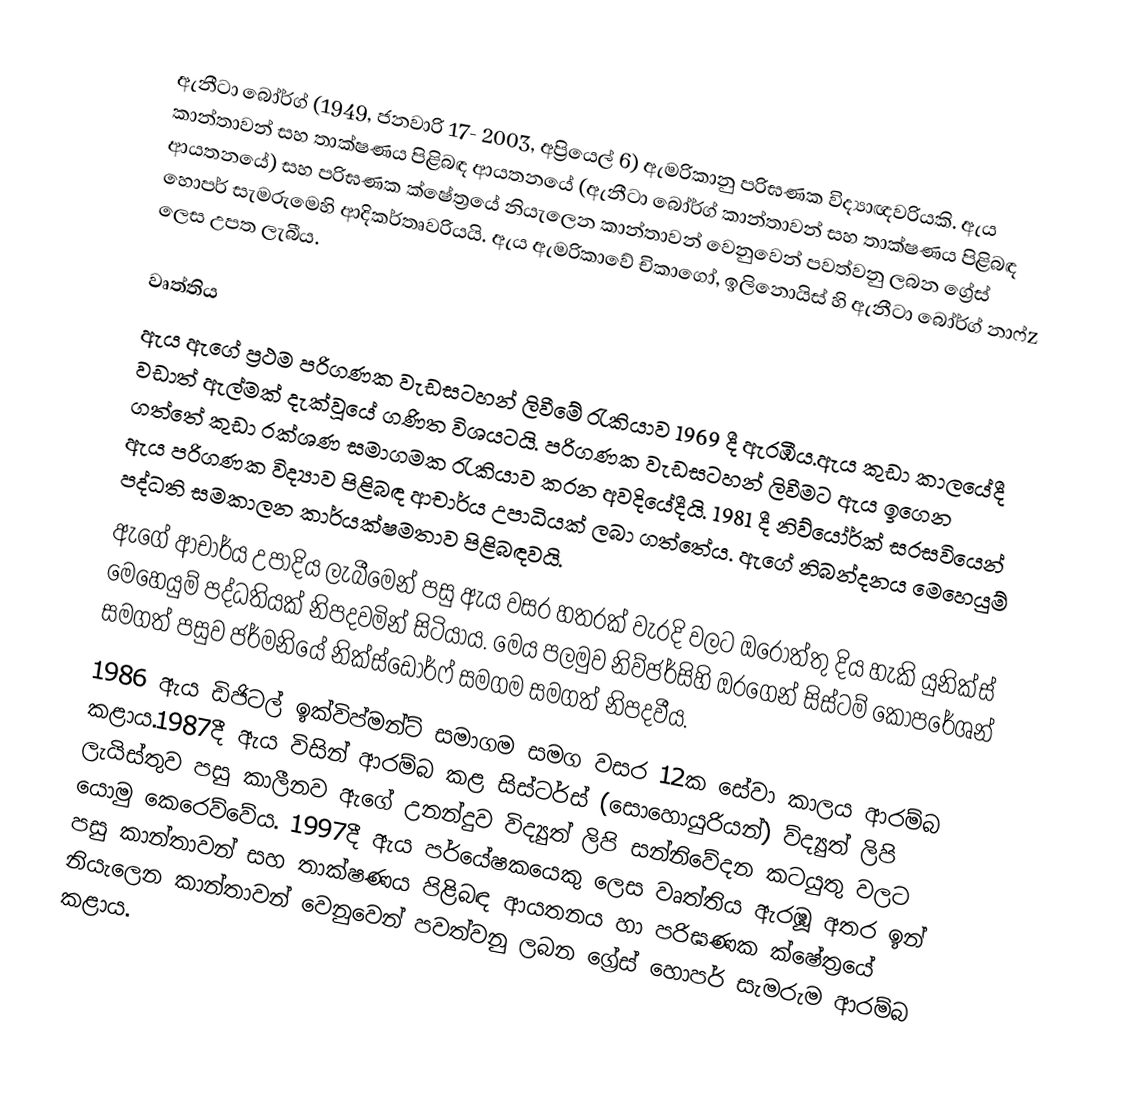
ඇනීටා බෝර්ග් (1949, ජනවාරි 17- 2003, අප්‍රියෙල් 6) ඇමරිකානු පරිඝණක විද්‍යාඥවරියකි. ඇය කාන්තාවන් සහ තාක්ෂණය පිළිබඳ ආයතනයේ (ඇනීටා බෝර්ග් කාන්තාවන් සහ තාක්ෂණය පිළිබඳ ආයතනයේ) සහ පරිඝණක ක්ෂේත්‍රයේ නියැලෙන කාන්තාවන් වෙනුවෙන් පවත්වනු ලබන ග්‍රේස් හොපර් සැමරුමෙහි ආදිකර්තෘවරියයි. ඇය ඇමරිකාවේ චිකාගෝ, ඉලිනොයිස් හි ඇනීටා බෝර්ග් නාෆ්z ලෙස උපත ලැබීය.

වෘත්තිය
ඇය ඇගේ ප්‍රථම පරිගණක වැඩසටහන් ලිවීමේ රැකියාව 1969 දී ඇරඹීය.ඇය කුඩා කාලයේදී වඩාත් ඇල්මක් දැක්වූයේ ගණිත විශයටයි. පරිගණක වැඩසටහන් ලිවීමට ඇය ඉගෙන ගත්තේ කුඩා රක්ශණ සමාගමක රැකියාව කරන අවදියේදීයි. 1981 දී නිව්යෝර්ක් සරසවියෙන් ඇය පරිගණක විද්‍යාව පිළිබඳ ආචාර්ය උපාධියක් ලබා ගත්තේය. ඇගේ නිබන්දනය මෙහෙයුම් පද්ධති සමකාලන කාර්යක්ෂමතාව පිළිබඳවයි.
ඇගේ ආචාර්ය උපාදිය ලැබීමෙන් පසු ඇය වසර හතරක් වැරදි වලට ඔරොත්තු දිය හැකි යුනික්ස් මෙහෙයුම් පද්ධතියක් නිපදවමින් සිටියාය. මෙය පලමුව නිව්ජර්සිහි ඔරගෙන් සිස්ටම් කෝපරේශන් සමගත් පසුව ජර්මනියේ නික්ස්ඩොර්ෆ් සමගම සමගත් නිපදවීය.
1986 ඇය ඩිජිටල් ඉක්විප්මන්ට් සමාගම සමග වසර 12ක සේවා කාලය ආරම්බ කළාය.1987දී ඇය විසින් ආරම්බ කළ සිස්ටර්ස් (සොහොයුරියන්) ව්ද්‍යුත් ලිපි ලැයිස්තුව පසු කාලීනව ඇගේ උනන්දුව විද්‍යුත් ලිපි සන්නිවේදන කටයුතු වලට යොමු කෙරෙව්වේය. 1997දී ඇය පර්යේෂකයෙකු ලෙස වෘත්තිය ඇරඹූ අතර ඉන් පසු කාන්තාවන් සහ තාක්ෂණය පිළිබඳ ආයතනය හා පරිඝණක ක්ෂේත්‍රයේ නියැලෙන කාන්තාවන් වෙනුවෙන් පවත්වනු ලබන ග්‍රේස් හොපර් සැමරුම ආරම්බ කළාය.